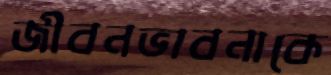
জীবনভাবনাকে